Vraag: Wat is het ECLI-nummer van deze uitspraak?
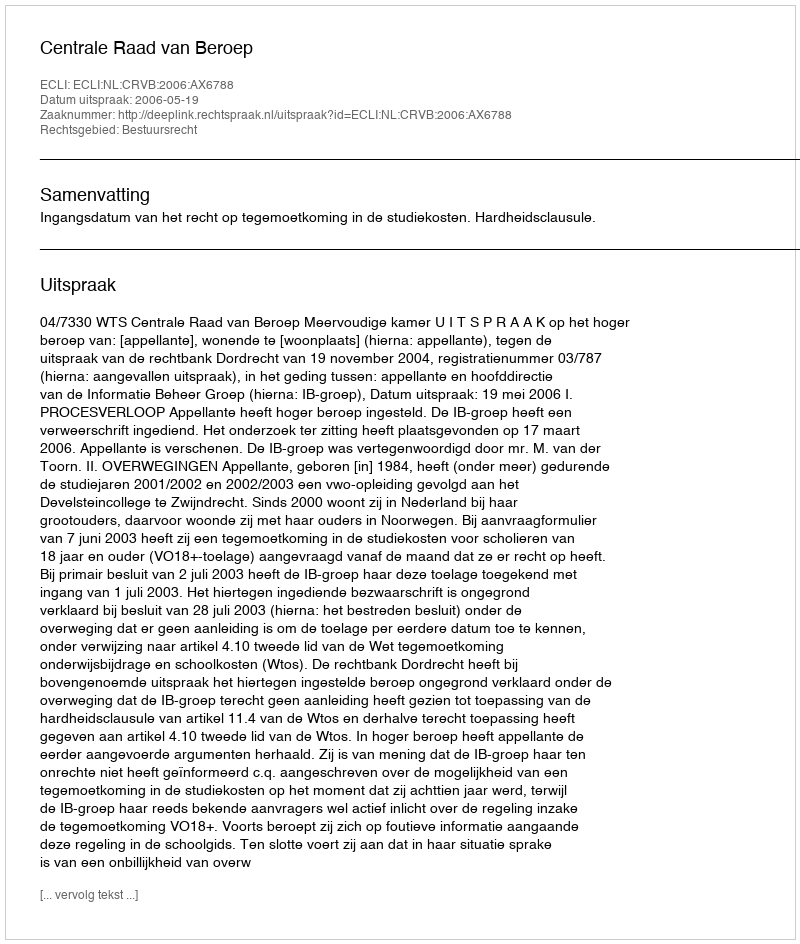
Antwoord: ECLI:NL:CRVB:2006:AX6788